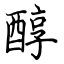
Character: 醇